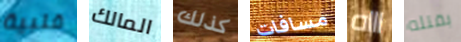
قلبية المالك كذلك مسافات اااه بقتله